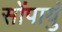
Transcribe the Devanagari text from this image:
सोंपायुं